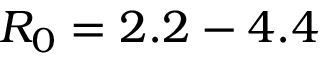
R _ { 0 } = 2 . 2 - 4 . 4